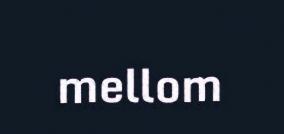
mellom